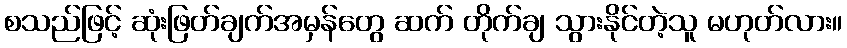
စသည်ဖြင့် ဆုံးဖြတ်ချက်အမှန်တွေ ဆက် တိုက်ချ သွားနိုင်တဲ့သူ မဟုတ်လား။